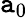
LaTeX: \mathtt{a}_{0}